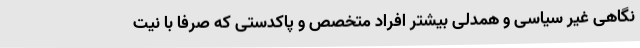
نگاهی غیر سیاسی و همدلی بیشتر افراد متخصص و پاکدستی که صرفاً با نیت